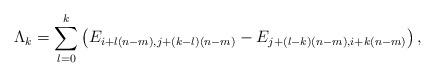
LaTeX: \begin{align*} \Lambda_k = \sum_{l=0}^k \left( E_{i + l(n-m), j + (k-l)(n-m) } - E_{ j + (l-k)(n-m), i + k(n-m)} \right), \end{align*}